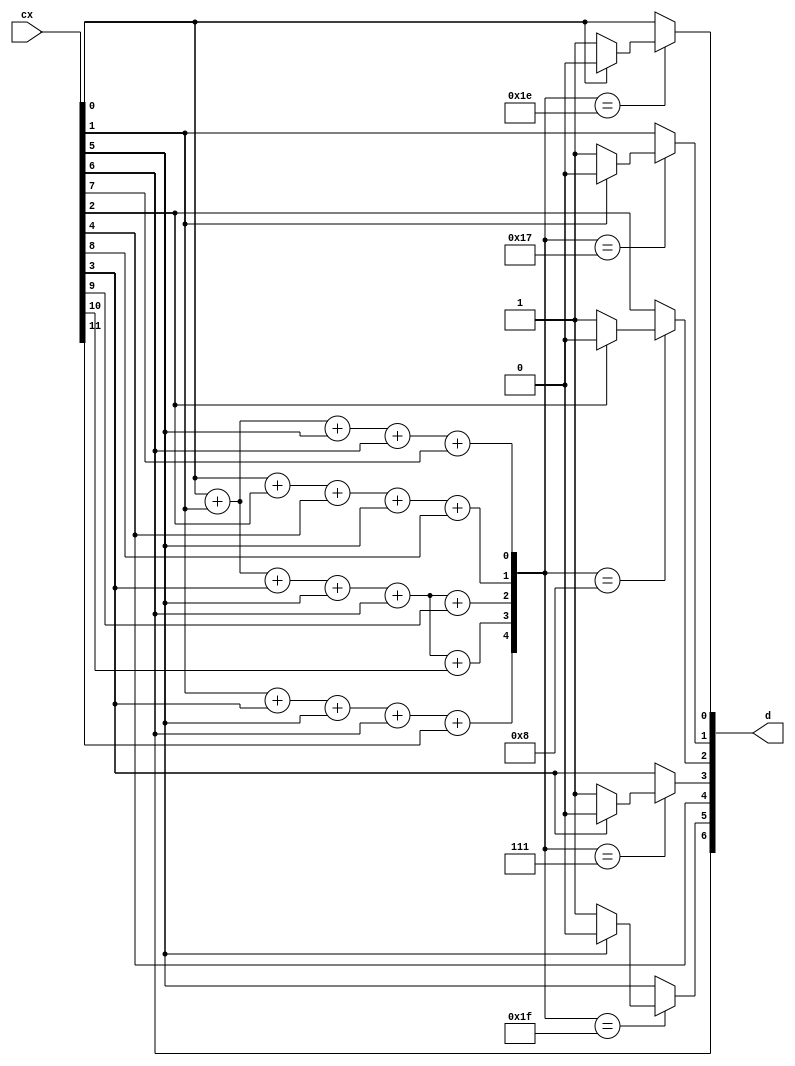
module decoder (cx,d);
	output [6:0] d;

	input [11:0] cx;

	reg [6:0] d;
	reg [4:0] s;
	reg [11:0] cx1;


	parameter s0 = 5'b11110;
	parameter s1 = 5'b10111;
	parameter s2 = 5'b01000;
	parameter s3 = 5'b00111;
	parameter s4 = 5'b01000;
	parameter s5 = 5'b11111;
	parameter s6 = 5'b10111;
	parameter s7 = 5'b10000;
	parameter s8 = 5'b01000;
	parameter s9 = 5'b00100;
	parameter s10 = 5'b00010;
	parameter s11 = 5'b00001;


	always @(cx)
	begin
		cx1[0] = cx[0];
		cx1[1] = cx[1];
		cx1[2] = cx[2];
		cx1[3] = cx[3];
		cx1[4] = cx[4];
		cx1[5] = cx[5];
		cx1[6] = cx[6];
		cx1[7] = cx[7];
		cx1[8] = cx[8];
		cx1[9] = cx[9];
		cx1[10] = cx[10];
		cx1[11] = cx[11];
		s[0]= cx[0]+ cx[1]+ cx[5]+ cx[6]+ cx[7];
		s[1]= cx[0]+ cx[2]+ cx[4]+ cx[5]+ cx[8];
		s[2]= cx[0]+ cx[1]+ cx[3]+ cx[5]+ cx[6]+ cx[9];
		s[3]= cx[0]+ cx[1]+ cx[3]+ cx[5]+ cx[6]+ cx[10];
		s[4]= cx[1]+ cx[3]+ cx[5]+ cx[6]+ cx[11];



		case(s)
			s0:
				begin
					if(cx[0]==1'b0)
					begin
						cx1[0]=1'b1;
					end
					else
					begin
						cx1[0]=1'b0;
					end
				end
			s1:
				begin
					if(cx[1]==1'b0)
					begin
						cx1[1]=1'b1;
					end
					else
					begin
						cx1[1]=1'b0;
					end
				end
			s2:
				begin
					if(cx[2]==1'b0)
					begin
						cx1[2]=1'b1;
					end
					else
					begin
						cx1[2]=1'b0;
					end
				end
			s3:
				begin
					if(cx[3]==1'b0)
					begin
						cx1[3]=1'b1;
					end
					else
					begin
						cx1[3]=1'b0;
					end
				end
			s4:
				begin
					if(cx[4]==1'b0)
					begin
						cx1[4]=1'b1;
					end
					else
					begin
						cx1[4]=1'b0;
					end
				end
			s5:
				begin
					if(cx[5]==1'b0)
					begin
						cx1[5]=1'b1;
					end
					else
					begin
						cx1[5]=1'b0;
					end
				end
			s6:
				begin
					if(cx[6]==1'b0)
					begin
						cx1[6]=1'b1;
					end
					else
					begin
						cx1[6]=1'b0;
					end
				end
			s7:
				begin
					if(cx[7]==1'b0)
					begin
						cx1[7]=1'b1;
					end
					else
					begin
						cx1[7]=1'b0;
					end
				end
			s8:
				begin
					if(cx[8]==1'b0)
					begin
						cx1[8]=1'b1;
					end
					else
					begin
						cx1[8]=1'b0;
					end
				end
			s9:
				begin
					if(cx[9]==1'b0)
					begin
						cx1[9]=1'b1;
					end
					else
					begin
						cx1[9]=1'b0;
					end
				end
			s10:
				begin
					if(cx[10]==1'b0)
					begin
						cx1[10]=1'b1;
					end
					else
					begin
						cx1[10]=1'b0;
					end
				end
			s11:
				begin
					if(cx[11]==1'b0)
					begin
						cx1[11]=1'b1;
					end
					else
					begin
						cx1[11]=1'b0;
					end
				end
			default:
				begin
					cx1[0]=cx[0];
					cx1[1]=cx[1];
					cx1[2]=cx[2];
					cx1[3]=cx[3];
					cx1[4]=cx[4];
					cx1[5]=cx[5];
					cx1[6]=cx[6];
					cx1[7]=cx[7];
					cx1[8]=cx[8];
					cx1[9]=cx[9];
					cx1[10]=cx[10];
					cx1[11]=cx[11];
				end
		endcase
		d[0] = cx1[0];
		d[1] = cx1[1];
		d[2] = cx1[2];
		d[3] = cx1[3];
		d[4] = cx1[4];
		d[5] = cx1[5];
		d[6] = cx1[6];
	end
endmodule